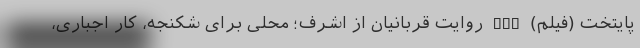
پایتخت (فیلم) nan روایت قربانیان از اشرف؛ محلی برای شکنجه، کار اجباری،